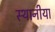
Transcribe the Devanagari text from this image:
स्थानीया